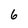
Character: 6